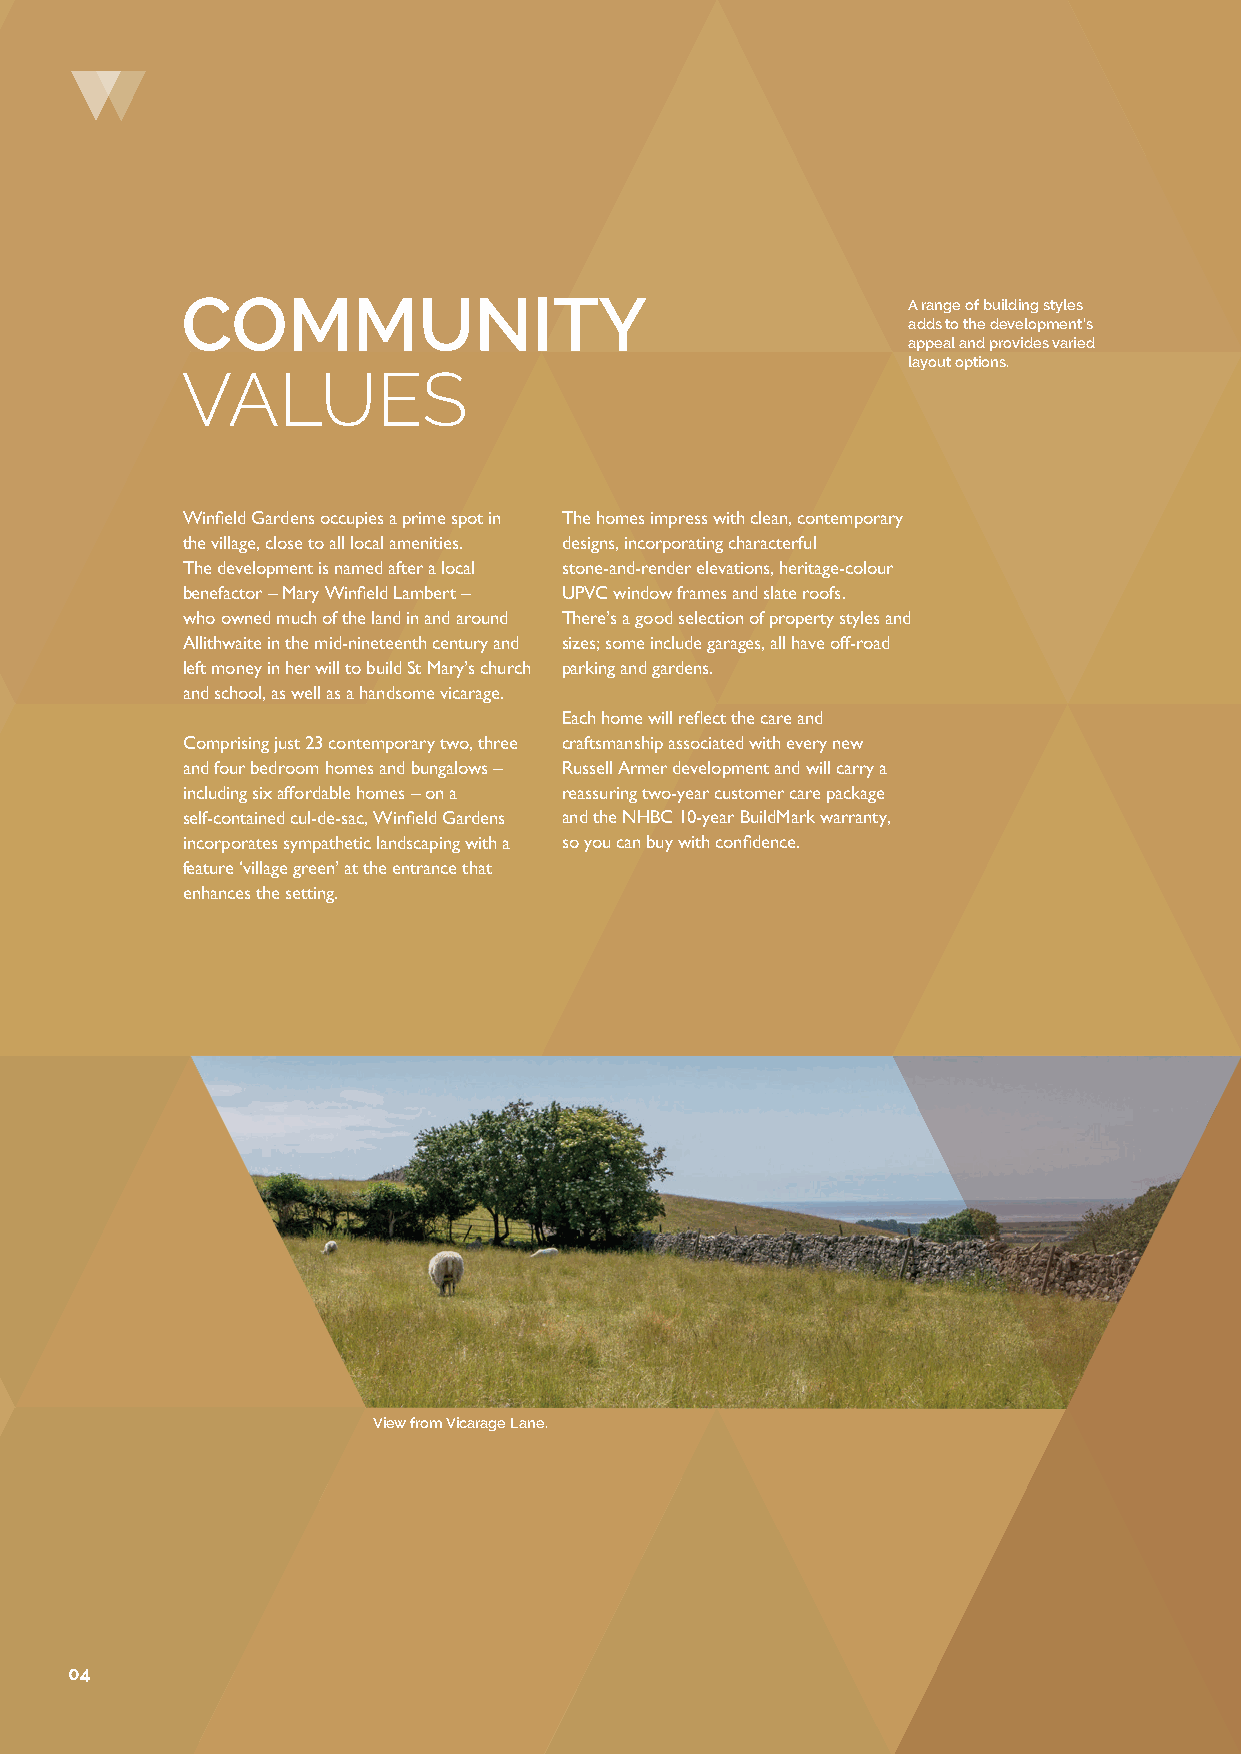
COMMUNITY
 A range of building styles
 adds to the development’s
 appeal and provides varied
 layout options.
 VALUES
 Winfield Gardens occupies a prime spot in The homes impress with clean, contemporary
 the village, close to all local amenities. designs, incorporating characterful
 The development is named after a local stone-and-render elevations, heritage-colour
 benefactor – Mary Winfield Lambert – UPVC window frames and slate roofs.
 who owned much of the land in and around There’s a good selection of property styles and
 Allithwaite in the mid-nineteenth century and sizes; some include garages, all have off-road
 left money in her will to build St Mary’s church parking and gardens.
 and school, as well as a handsome vicarage.
 Each home will reflect the care and
 Comprising just 23 contemporary two, three craftsmanship associated with every new
 and four bedroom homes and bungalows – Russell Armer development and will carry a
 including six affordable homes – on a reassuring two-year customer care package
 self-contained cul-de-sac, Winfield Gardens and the NHBC 10-year BuildMark warranty,
 incorporates sympathetic landscaping with a so you can buy with confidence.
 feature ‘village green’ at the entrance that
 enhances the setting.
 View from Vicarage Lane.
 04